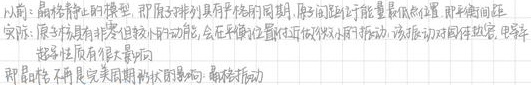
以前：根据静止土的模型，即原子排列具有传统的周期，原子振动处于能量最低状态，且平衡时还存在
实际：原子具有非常但较小的动能，会在平衡位置附近做微小的振动，该振动对固体比热、电导率
磁学性质有很大影响
结论：不是完美周期的长程规则：局域振动